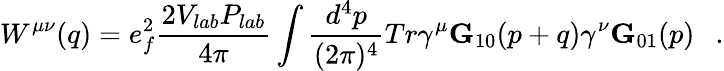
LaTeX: W^{\mu\nu}(q)=e_{f}^{2}{\frac{2V_{lab}P_{lab}}{4\pi}}\int{\frac{d^{4}p}{(2\pi)^{4}}}Tr\gamma^{\mu}{\mathbf G}_{10}(p+q)\gamma^{\nu}{\mathbf G}_{01}(p)~~~.